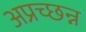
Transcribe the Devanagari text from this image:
अप्रच्छन्न